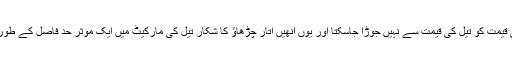
بہ الفاظ دیگر ان معدنیات کی قیمت کو تیل کی قیمت سے نہیں جوڑا جاسکتا اور یوں انھیں اتار چڑھاؤ کا شکار تیل کی مارکیٹ میں ایک موثر حد فاصل کے طور پر استعمال کیا جاسکتا ہے۔